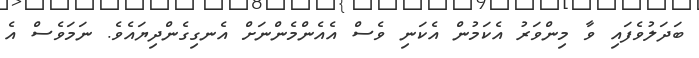
ބަދަލުވެފައި ވާ މިންވަރު އެކަމުން އެކަނި ވެސް އެއެންމެންނަށް އެނގިގެންދިޔައެވެ. ނަމަވެސް އެ